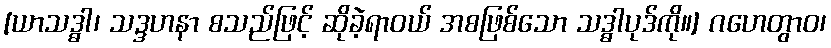
[ယာသဒ္ဓါ၊ သဒ္ဒဟနာ စသည်ဖြင့် ဆိုခဲ့ရာဝယ် အစဖြစ်သော သဒ္ဓါပုဒ်ကို။] ဂဟေတွာဝ၊